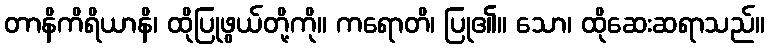
တာနိကိရိယာနိ၊ ထိုပြုဖွယ်တို့ကို။ ကရောတိ၊ ပြု၏။ သော၊ ထိုဆေးဆရာသည်။